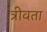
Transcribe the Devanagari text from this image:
त्रीवता